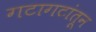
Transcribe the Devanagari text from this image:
गटागटांतून